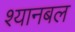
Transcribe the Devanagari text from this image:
श्यानबल